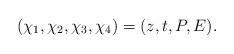
LaTeX: \begin{align*}\left(\chi_{1}, \chi_{2}, \chi_{3}, \chi_{4} \right) = (z, t, P, E ) .\end{align*}